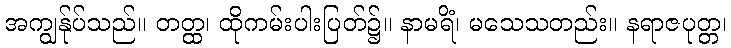
အကျွန်ုပ်သည်။ တတ္ထ၊ ထိုကမ်းပါးပြတ်၌။ နာမရိံ၊ မသေသတည်း။ နရာဇပုတ္တ၊